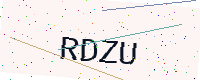
Text: RDZU